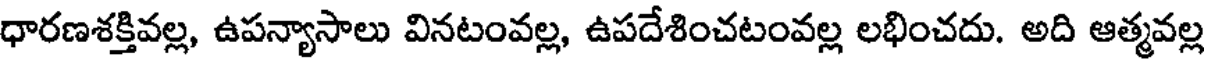
ధారణశక్తివల్ల, ఉపన్యాసాలు వినటంవల్ల, ఉపదేశించటంవల్ల లభించదు. అది ఆత్మవల్ల